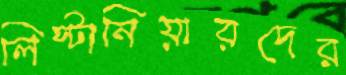
লিস্টানিয়ারদের